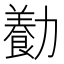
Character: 㔦